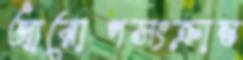
আরোপসংক্রান্ত